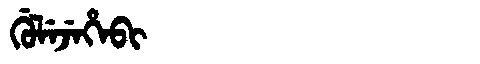
Manchu: ᡤᡠᠯᡝᠵᡝᡥᡝᠪᡳ
Romanization: GULEJEHEBI